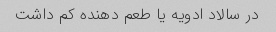
در سالاد ادویه یا طعم دهنده کم داشت